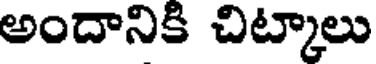
అందానికి చిట్కాలు